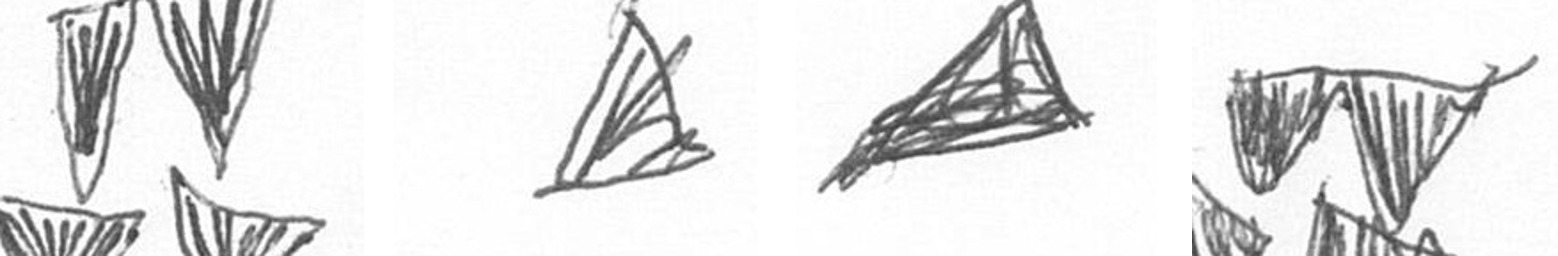
B O O B